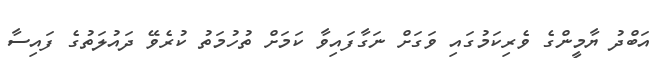
އަބްދު ޔާމީންގެ ވެރިކަމުގައި ވަގަށް ނަގާފައިވާ ކަމަށް ތުހުމަތު ކުރެވޭ ދައުލަތުގެ ފައިސާ